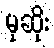
မုဆိုး